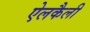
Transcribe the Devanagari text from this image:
ऐलकैली